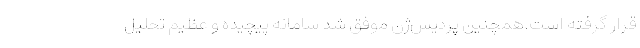
قرار گرفته است.همچنین پردیس‌ژن موفق شد سامانه پیچیده و عظیم تحلیل